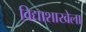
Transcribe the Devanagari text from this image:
विद्याशाखेला